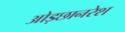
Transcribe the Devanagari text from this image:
ओड़छानरेश